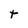
Character: t